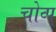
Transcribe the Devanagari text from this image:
चोव्प्